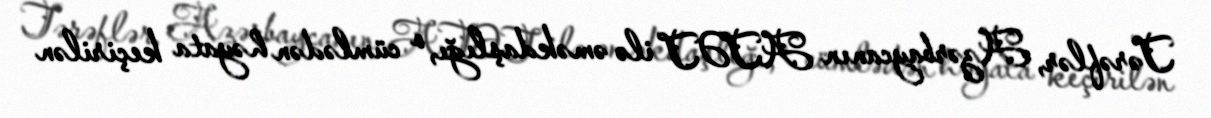
Tərəflər, Azərbaycanın ATƏT ilə əməkdaşlığı, o cümlədən həyata keçirilən